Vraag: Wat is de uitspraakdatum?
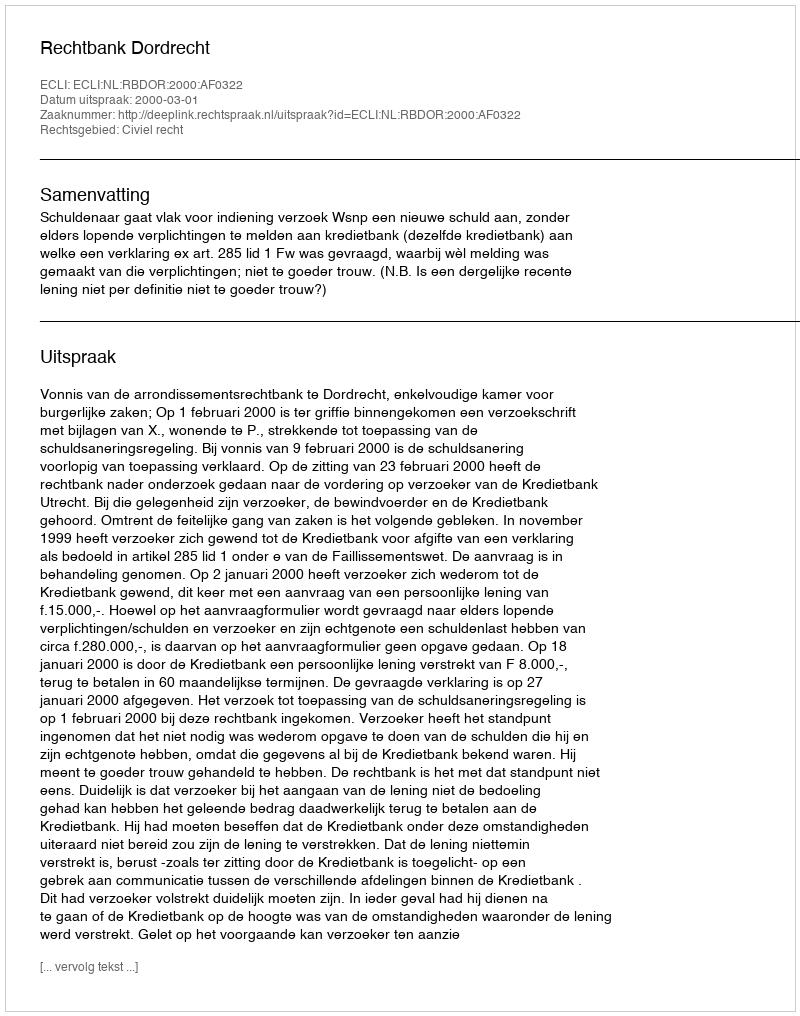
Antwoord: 2000-03-01